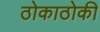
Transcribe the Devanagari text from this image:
ठोकाठोकी